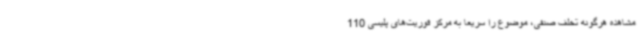
مشاهده هرگونه تخلف صنفی، موضوع را سریعاً به مرکز فوریت‌های پلیسی 110